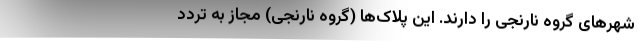
شهرهای گروه نارنجی را دارند. این پلاک‌ها (گروه نارنجی) مجاز به تردد